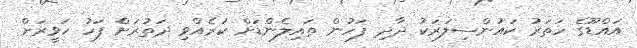
އައްޑޫގެ ހަތަރު ކައުންސިލަރަކު ދާދި ފަހުން ތައިލެންޑަށް ކުރެއްވި ދަތުރަށް ފަހު ހަވީރަށް